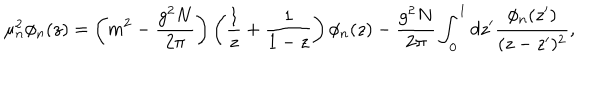
LaTeX: \mu _ { n } ^ { 2 } \phi _ { n } ( z ) = \left( m ^ { 2 } - \frac { g ^ { 2 } N } { 2 \pi } \right) \left( \frac { 1 } { z } + \frac { 1 } { 1 - z } \right) \phi _ { n } ( z ) - \frac { g ^ { 2 } N } { 2 \pi } \int _ { 0 } ^ { 1 } d z ^ { \prime } \frac { \phi _ { n } ( z ^ { \prime } ) } { ( z - z ^ { \prime } ) ^ { 2 } } ,